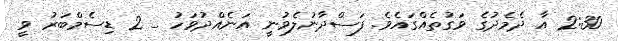
2:30 އާ ދެމެދުގެ ވަގުތެއްގައެވެ. ފަސްދާނުލެވުނީ އަނެއްދުވަހު _ 2 ޑިސެމްބަރު ވީ